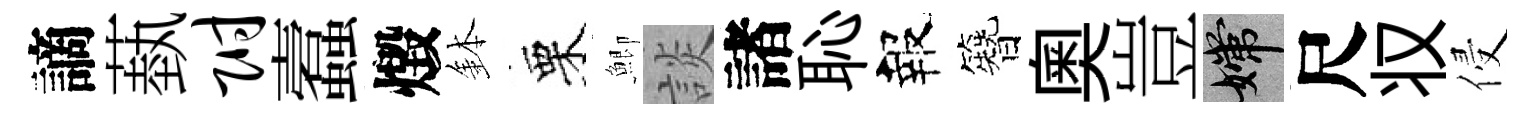
謫蓺附蠧燬鉢栗鯽談諸恥報簪奧豈嫦尺𠬧侵